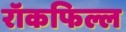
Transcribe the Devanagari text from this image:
रॉकफिल्ल